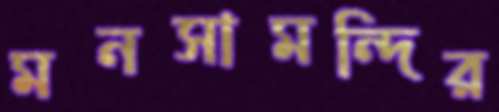
মনসামন্দির